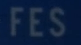
FES